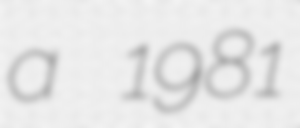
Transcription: a 1981